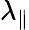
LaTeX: \lambda_{\| }